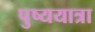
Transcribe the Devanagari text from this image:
पुष्ययात्रा